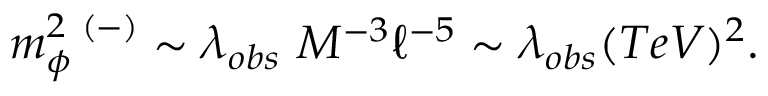
m _ { \phi } ^ { 2 \ ( - ) } \sim \lambda _ { o b s } \ M ^ { - 3 } \ell ^ { - 5 } \sim \lambda _ { o b s } ( T e V ) ^ { 2 } .